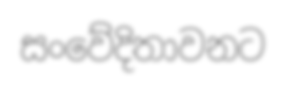
සංවේදිතාවනට